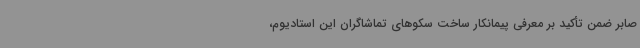
صابر ضمن تأکید بر معرفی پیمانکار ساخت سکوهای تماشاگران این استادیوم،